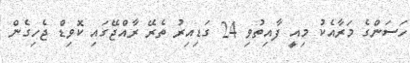
ހަސަންގެ މަރާއެކު މިއީ ފާއިތުވި 24 ގަޑިއިރު ތެރޭ ރާއްޖޭގައި ކޮވިޑް ޖެހިގެން